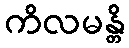
ကိလမန္တိ